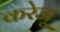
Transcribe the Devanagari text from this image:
करेजू